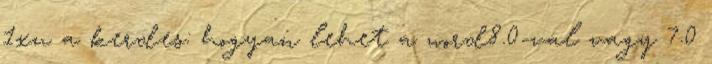
1xu a kerdes: hogyan lehet a word8.0-val vagy 7.0